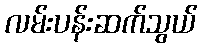
လမ်းပန်းဆက်သွယ်